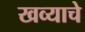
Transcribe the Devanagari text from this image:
खव्याचे